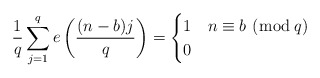
\begin{align*} \frac{1}{q} \sum_{j=1}^q e\left(\frac{(n-b)j}{q} \right)= \begin{cases} 1 & n \equiv b \,\, (\bmod \, q)\\ 0 & \end{cases}\end{align*}